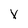
Character: X